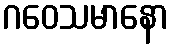
ဂဝေသမာနော